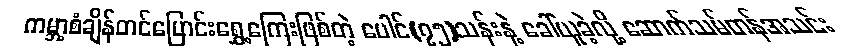
ကမ္ဘာ့စံချိန်တင်ပြောင်းရွှေ့ကြေးဖြစ်တဲ့ ပေါင်(၇၅)သန်းနဲ့ ခေါ်ယူခဲ့လို့ ဆောက်သမ်တန်အသင်း